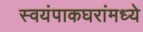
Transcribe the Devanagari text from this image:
स्वयंपाकघरांमध्ये